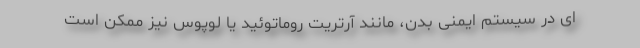
ای در سیستم ایمنی بدن، مانند آرتریت روماتوئید یا لوپوس نیز ممکن است